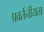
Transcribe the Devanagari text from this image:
प्रवर्तनीयता